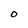
Character: O